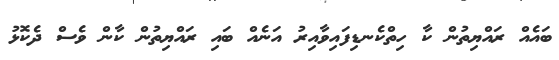
ބައެއް ރައްޔިތުން ކާ ހިތްކެނޑިފައިވާއިރު އަނެއް ބައި ރައްޔިތުން ކާން ވެސް ދެކޮޅު